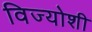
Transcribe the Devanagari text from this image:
विज्योशी